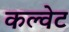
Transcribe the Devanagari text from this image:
कल्वेट